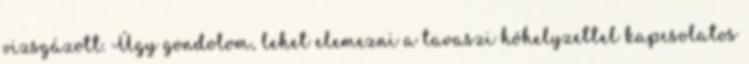
vizsgázott. Úgy gondolom, lehet elemezni a tavaszi hóhelyzettel kapcsolatos